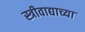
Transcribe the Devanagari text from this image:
स्त्रीवाद्याच्या